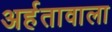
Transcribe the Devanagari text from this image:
अर्हतावाला